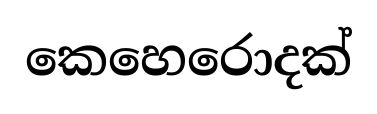
කෙහෙරොදක්